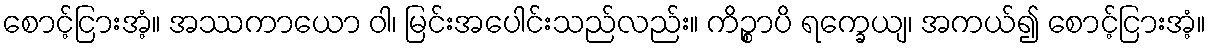
စောင့်ငြားအံ့။ အဿကာယော ဝါ၊ မြင်းအပေါင်းသည်လည်း။ ကိဉ္စာပိ ရက္ခေယျ၊ အကယ်၍ စောင့်ငြားအံ့။